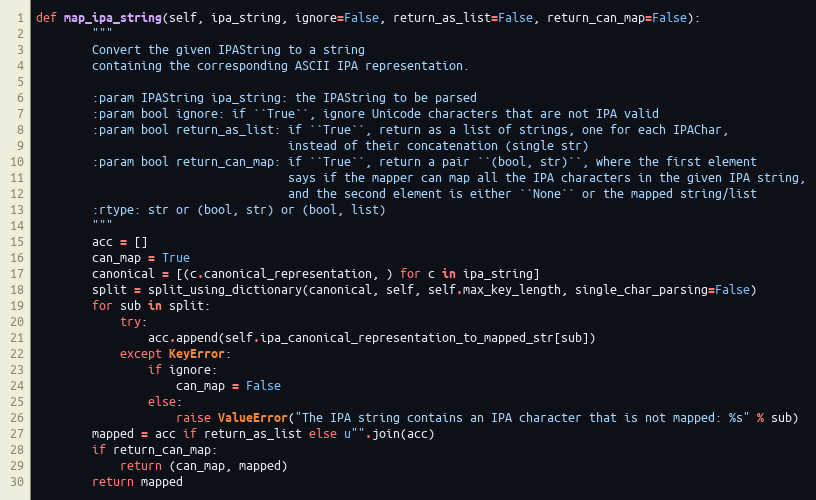
Language: Python
def map_ipa_string(self, ipa_string, ignore=False, return_as_list=False, return_can_map=False):
        """
        Convert the given IPAString to a string
        containing the corresponding ASCII IPA representation.

        :param IPAString ipa_string: the IPAString to be parsed
        :param bool ignore: if ``True``, ignore Unicode characters that are not IPA valid
        :param bool return_as_list: if ``True``, return as a list of strings, one for each IPAChar,
                                    instead of their concatenation (single str)
        :param bool return_can_map: if ``True``, return a pair ``(bool, str)``, where the first element
                                    says if the mapper can map all the IPA characters in the given IPA string,
                                    and the second element is either ``None`` or the mapped string/list
        :rtype: str or (bool, str) or (bool, list)
        """
        acc = []
        can_map = True
        canonical = [(c.canonical_representation, ) for c in ipa_string]
        split = split_using_dictionary(canonical, self, self.max_key_length, single_char_parsing=False)
        for sub in split:
            try:
                acc.append(self.ipa_canonical_representation_to_mapped_str[sub])
            except KeyError:
                if ignore:
                    can_map = False
                else:
                    raise ValueError("The IPA string contains an IPA character that is not mapped: %s" % sub)
        mapped = acc if return_as_list else u"".join(acc)
        if return_can_map:
            return (can_map, mapped)
        return mapped